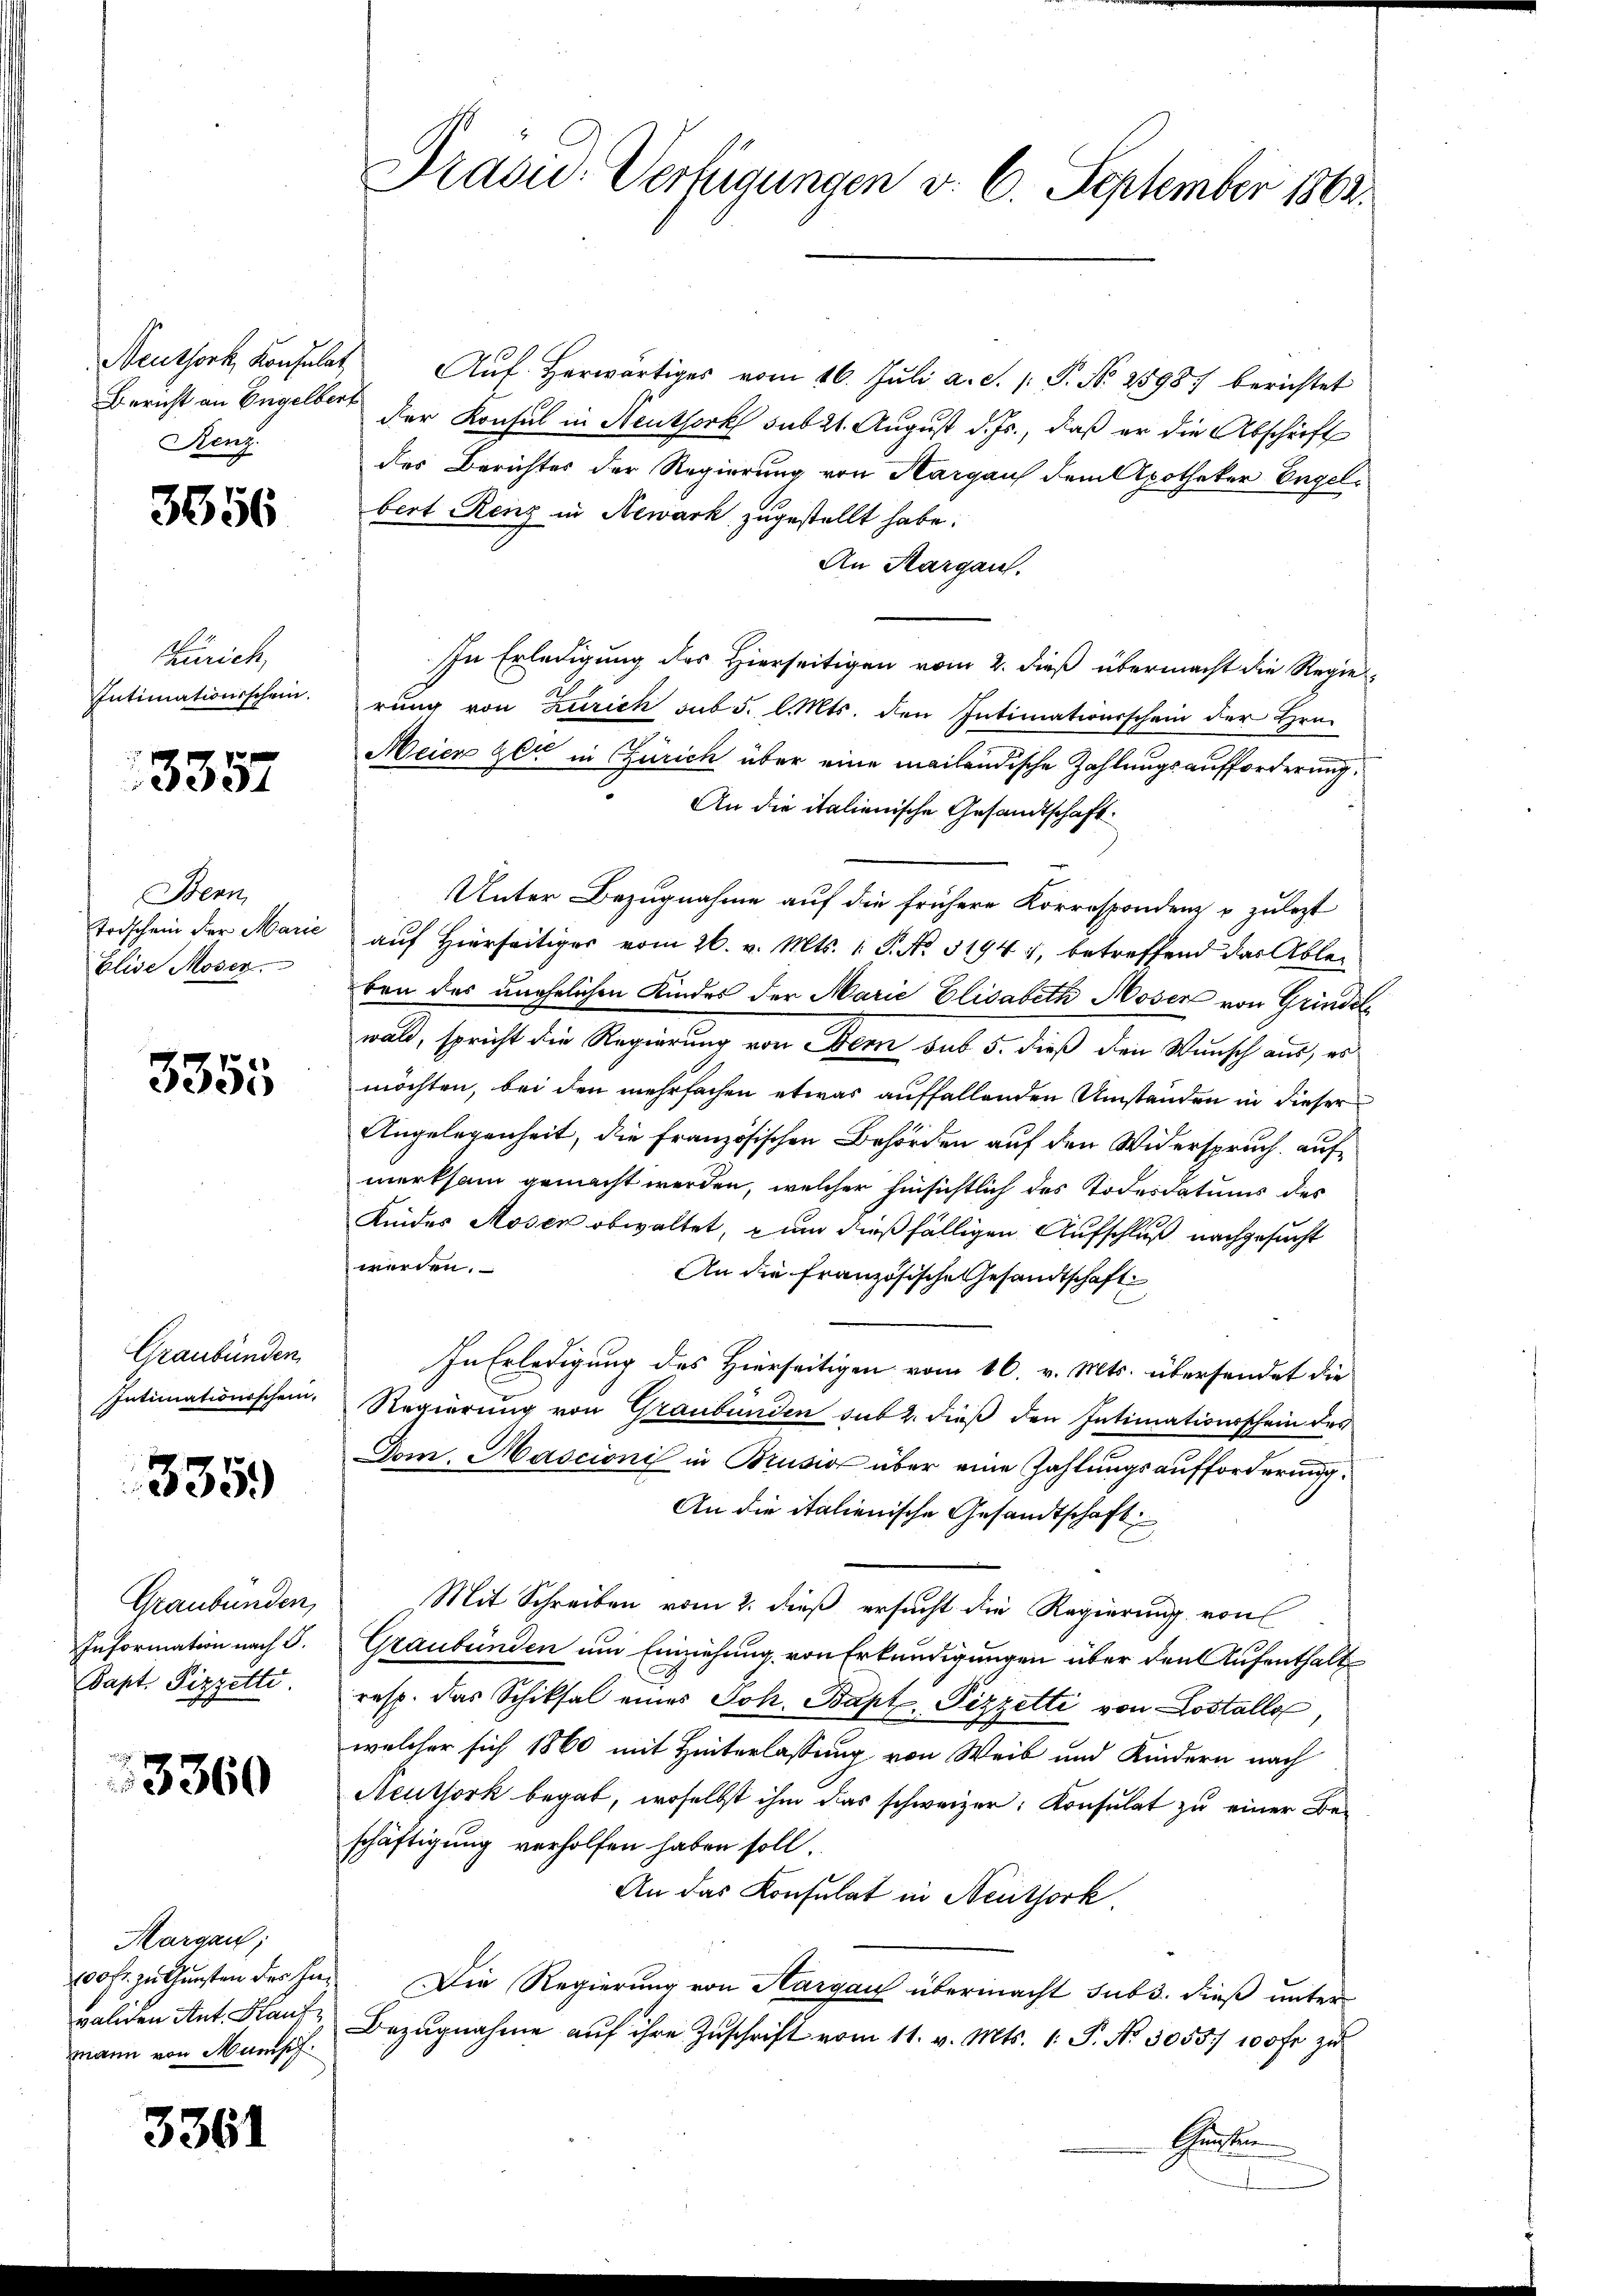
Renz.

3556

Zürich,
Intimationsschein.

3357

Benn
Elise Moser.

3355

Graubünden

3359

Graubünden,
Information nach S.
Papt Pizzette.

3360

Margau;
100 fr. zu Gunsten der hievaliden Ant. Stante
mmann von Munisch

3361

Drasu- Verfügungen d. 6. September 1863.

Neuthork, Konsulat Aŭf herwärtiges vom 16. Juli a. d. 1. P. Nr. 25987 berichtet
Bericht an Engelbert der Konsul in Meuthork sub 21. August d. Js., daß er die Abschrift
des Berichtes der Regierung von Margaus dem Apotheker Engelbert Renz in Newark zugestellt habe.
An Kargau.
In Erledigung des Hierseitigen vom 2. dieß übermacht die Regie
rung von Zürich sub 5. l. Mts. den Intimationsschein der Hrn.
Meier zer in Zürich über eine mailändische Zahlungsaufforderung,
An die italienische Gesandtschaft
Unter Bezugnahme auf die frühere Korrespondenz u zulezt
Todschein der Marić auf Hierseitiger vom 26. v. Mts. 1. P. No. 51944, betreffend das Ableben des unehelichen Kindes der Marie Elisabeth Moser von Grindch
wald, spricht die Regierung von Aber, sub 5. dieß den Wunsch aus, er
möchten, bei den mehrfachen etwas auffallenden Umständen in dieser
Angelegenheit, die Französischen Behörden auf den Widerspruch auf
merksam gemacht werden, welcher hinsichtlich des Todesdatums des
Kindes Moser obwaltet, zum dießfälligen Aufschluß nachgesucht
werden.
An die Französische Gesandtschaft
In Erledigung des Hierseitigen vom 16. v. Mts. übersendet die
Intimationsschein. Regierung von Graubünden sub 2. dieß den Intimationsschein des
Dom. Hascioni in Brusion über eine Zahlungsaufforderung.
An die italienische Gesandtschaft
Mit Schreiben vom 2. dieß ersucht die Regierung von
Graubünden um Einziehung von Erkundigungen über den Aufenthalt
resp. das Schiksal eines Joh. Bapt. Pizzetti von Lostolle,
welcher sich 1860 mit Hinterlassung von Weib und Kindern nach
Neuthork begab, woselbst ihm das schweizer. Konsulat zu einer Be-
schäftigung verholfen haben soll.
An das Konsulat in Neuthork
Die Regierung von Aargau übermacht sub 3. dieß unter
Bezŭgnahme aŭf ihre Zŭschrift vom 11. v. Mts. 1. P. Nr. 5055/ 100 fr zu
Gurken